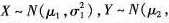
X~N(μ_{1}，σ^{2}_{1})，Y~N(μ_{2},